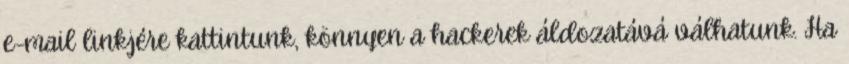
e-mail linkjére kattintunk, könnyen a hackerek áldozatává válhatunk. Ha